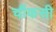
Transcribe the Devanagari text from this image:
चौंकसी